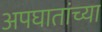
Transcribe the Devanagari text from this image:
अपघातांच्या